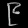
Digit: ၉